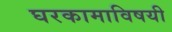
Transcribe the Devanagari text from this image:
घरकामाविषयी